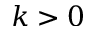
k > 0